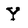
Character: Y